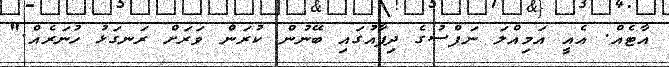
އާޓެއް. އެއީ އަމިއްލަ ނަފްސުގެ ދިފާއުގައި ބޭނުން ކުރަން ވަރަށް ރަނގަޅު ހުނަރެއް."